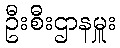
ဦးစီးဌာနမှူး